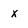
Character: x